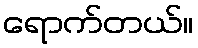
ရောက်တယ်။